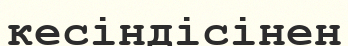
кесіндісінен